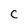
Character: C